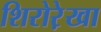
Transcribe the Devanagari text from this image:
शिरोरे़खा